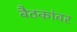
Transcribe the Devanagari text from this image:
बैठकांवर